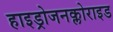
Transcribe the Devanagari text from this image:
हाइड्रोजनक्लोराइड